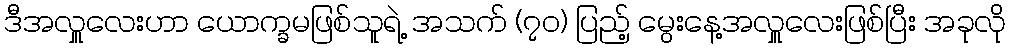
ဒီအလှူလေးဟာ ယောက္ခမဖြစ်သူရဲ့ အသက် (၇၀) ပြည့် မွေးနေ့အလှူလေးဖြစ်ပြီး အခုလို